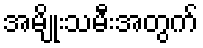
အမျိုးသမီးအတွက်